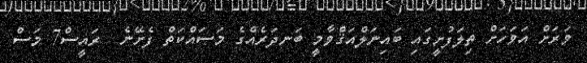
ވަރަށް އަވަހަށް ތިލަފުށީގައި ބައިނަލްއަޤްވާމީ ބަނދަރެއްގެ މަސައްކަތް ފެށޭނެ  ރައީސް7 މަސް